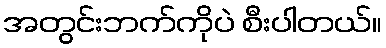
အတွင်းဘက်ကိုပဲ စီးပါတယ်။